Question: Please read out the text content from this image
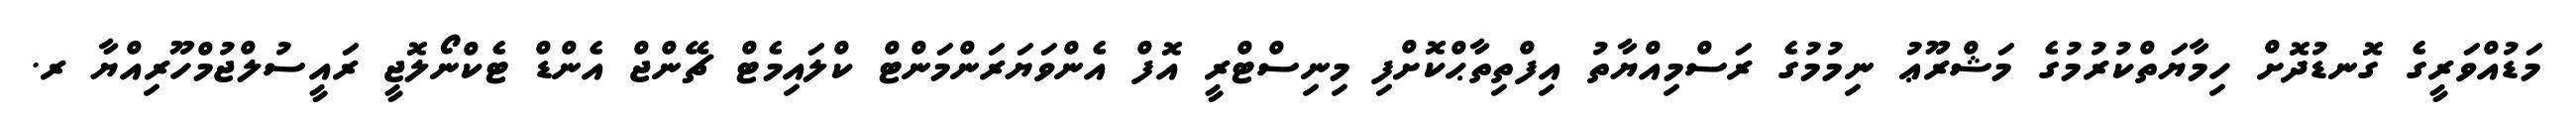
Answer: މަޑުއްވަރީގެ ގޮނޑުދޮށް ހިމާޔަތްކުރުމުގެ މަޝްރޫޢު ނިމުމުގެ ރަސްމިއްޔާތު އިފްތިތާޙްކޮށްފި މިނިސްޓްރީ އޮފް އެންވަޔަރަންމަންޓް ކްލައިމެޓް ޗޭންޖް އެންޑް ޓެކްނޯލޮޖީ ރައީސުލްޖުމްހޫރިއްޔާ ރ.